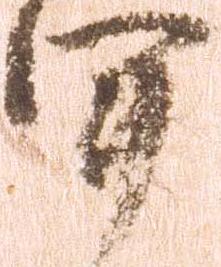
軍